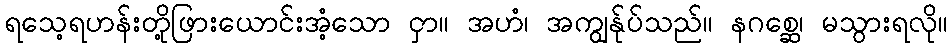
ရသေ့ရဟန်းတို့ဖြားယောင်းအံ့သော ငှာ။ အဟံ၊ အကျွန်ုပ်သည်။ နဂစ္ဆေ၊ မသွားရလို။